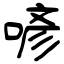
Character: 喭